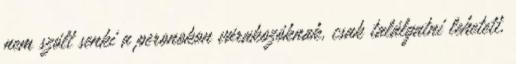
nem szólt senki a peronokon várakozóknak, csak találgatni lehetett,